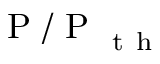
\mathrm { ~ P ~ / ~ P ~ } _ { \mathrm { ~ t ~ h ~ } }